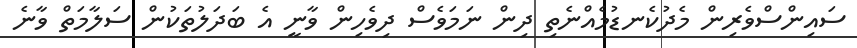
ސައިންސްވެރިން މެދުކެނޑުމެއްނެތި ދިން ނަމަވެސް ދިވެހިން ވާނީ އެ ބަދަލުތަކުން ސަލާމަތް ވާނެ